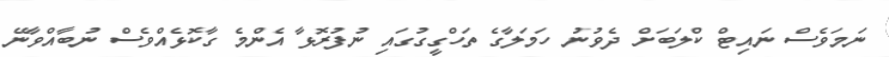
ނަމަވެސް ނައިޓް ކްލަބަށް ދެވުނު ހަމަލާގެ ތަހްގީގުގައި ނުފުރޮޅާ އެންމެ ގާކޮޅެއްވެސް ނުބާއްވާނޭ